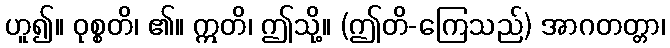
ဟူ၍။ ဝုစ္စတိ၊ ၏။ ဣတိ၊ ဤသို့။ (ဤတိ-ကြေသည်) အာဂတတ္တာ၊